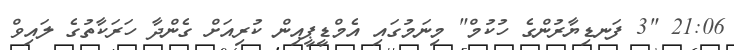
21:06 "3 ފަނޑިޔާރުންގެ ހުކުމް" މިނަމުގައި އެމްޑީޕީއިން ކުރިއަށް ގެންދާ ހަރަކާތުގެ ލައިވް